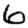
Digit: 6